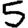
Digit: 5